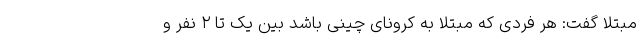
مبتلا گفت: هر فردی که مبتلا به کرونای چینی باشد بین یک تا ۲ نفر و